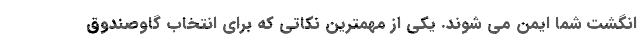
انگشت شما ایمن می­ شوند. یکی از مهمترین نکاتی که برای انتخاب گاوصندوق